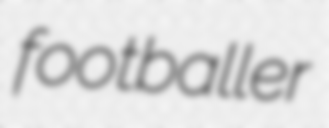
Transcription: footballer